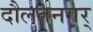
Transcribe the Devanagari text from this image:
दौलतनगर्